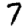
Digit: 7